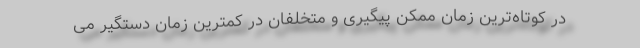
در کوتاه‌ترین زمان ممکن پیگیری و متخلفان در کمترین زمان دستگیر می